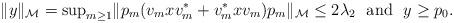
LaTeX: \begin{align*}\|y\|_{\mathcal M}=\mathrm{sup}_{m\geq1}\|p_m(v_mxv_m^*+v_m^*xv_m)p_m\|_{\mathcal M}\leq2\lambda_2~~\mathrm{and}~~y\geq p_0. \end{align*}